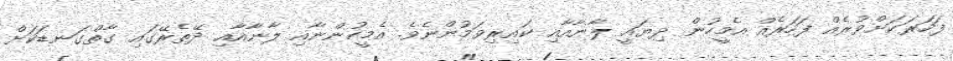
ފަހަރަކަށްވުރެއް ފަހަރެއް އެމީހުން ދިޔައީ ލާނާއާއި ކައިރިވަމުންނެވެ. އެމީހުންނާއި ލާނާއާއި ދޭތެރޭގައި ގާތްގަނޑަކަށް